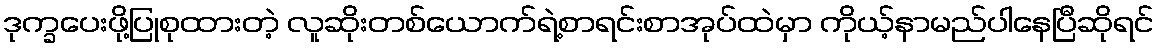
ဒုက္ခပေးဖို့ပြုစုထားတဲ့ လူဆိုးတစ်ယောက်ရဲ့စာရင်းစာအုပ်ထဲမှာ ကိုယ့်နာမည်ပါနေပြီဆိုရင်